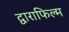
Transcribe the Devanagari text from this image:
द्वाराफिल्म